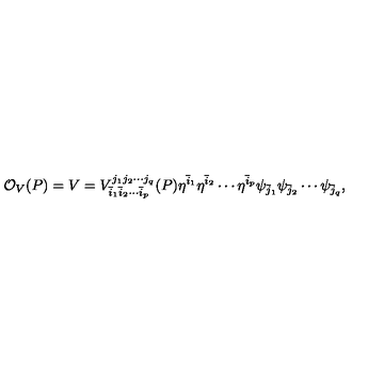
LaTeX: { \cal O } _ { V } ( P ) = V = V _ { { \bar { i } } _ { 1 } { \bar { i } } _ { 2 } \cdots { \bar { i } } _ { p } } ^ { j _ { 1 } j _ { 2 } \cdots j _ { q } } ( P ) \eta ^ { \bar { i } _ { 1 } } \eta ^ { \bar { i } _ { 2 } } \cdots \eta ^ { \bar { i } _ { p } } \psi _ { \bar { j } _ { 1 } } \psi _ { \bar { j } _ { 2 } } \cdots \psi _ { \bar { j } _ { q } } ,